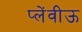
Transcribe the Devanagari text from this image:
प्लेंवीऊ